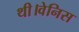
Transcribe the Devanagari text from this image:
थी।वेनिस